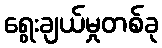
ရွေးချယ်မှုတစ်ခု